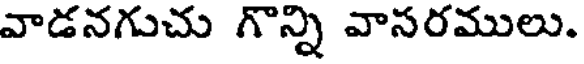
వాడనగుచు గొన్ని వాసరములు.